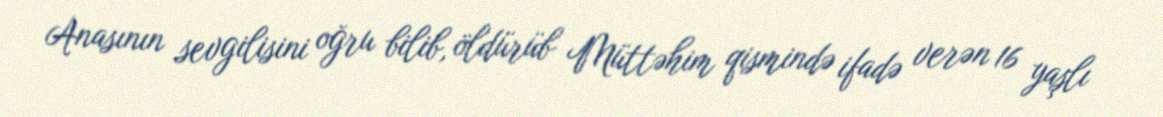
Anasının sevgilisini oğru bilib, öldürüb Müttəhim qismində ifadə verən 16 yaşlı